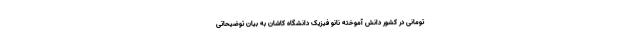
تومانی در کشور دانش آموخته نانو فیزیک دانشگاه کاشان به بیان توضیحاتی